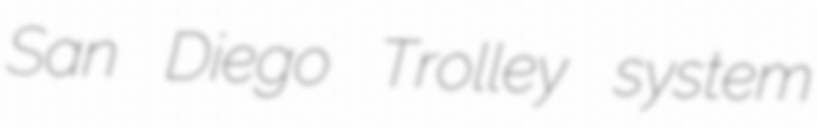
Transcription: San Diego Trolley system